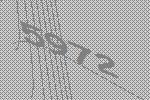
5972